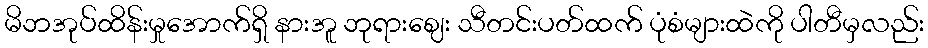
မိဘအုပ်ထိန်းမှုအောက်ရှိ နားအူ ဘုရားဈေး သီတင်းပတ်ထက် ပုံစံများထဲကို ပါတီမှလည်း